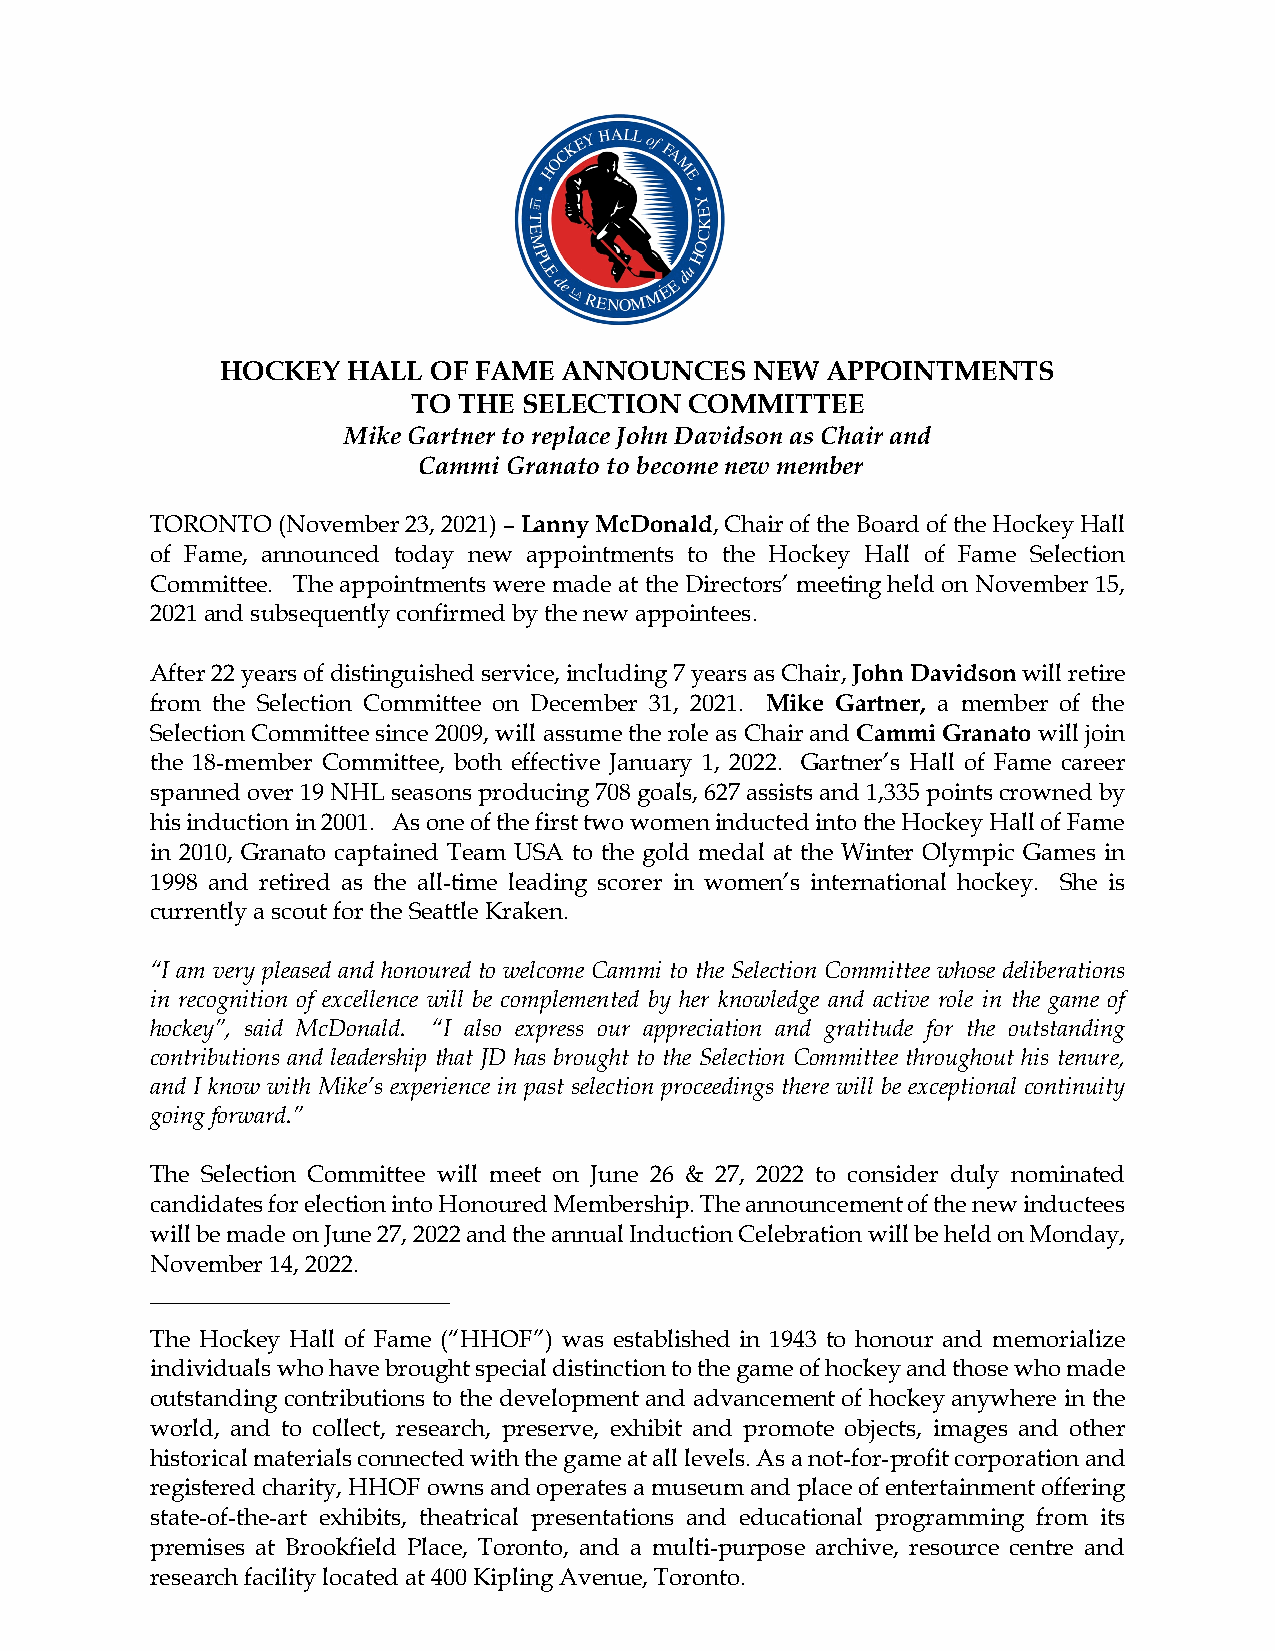
HOCKEY  HALL  OF FAME ANNOUNCES    NEW  APPOINTMENTS
 TO THE  SELECTION  COMMITTEE
 Mike Gartner to replace John Davidson as Chair and
 Cammi Granato to become new member
 TORONTO (November 23, 2021) – Lanny McDonald, Chair of the Board of the Hockey Hall
 of Fame, announced today new appointments to the Hockey Hall of Fame Selection
 Committee. The appointments were made at the Directors’ meeting held on November 15,
 2021 and subsequently confirmed by the new appointees.
 After 22 years of distinguished service, including 7 years as Chair, John Davidson will retire
 from the Selection Committee on December 31, 2021. Mike Gartner, a member of the
 Selection Committee since 2009, will assume the role as Chair and Cammi Granato will join
 the 18-member Committee, both effective January 1, 2022. Gartner’s Hall of Fame career
 spanned over 19 NHL seasons producing 708 goals, 627 assists and 1,335 points crowned by
 his induction in 2001. As one of the first two women inducted into the Hockey Hall of Fame
 in 2010, Granato captained Team USA to the gold medal at the Winter Olympic Games in
 1998 and retired as the all-time leading scorer in women’s international hockey. She is
 currently a scout for the Seattle Kraken.
 “I am very pleased and honoured to welcome Cammi to the Selection Committee whose deliberations
 in recognition of excellence will be complemented by her knowledge and active role in the game of
 hockey”, said McDonald. “I also express our appreciation and gratitude for the outstanding
 contributions and leadership that JD has brought to the Selection Committee throughout his tenure,
 and I know with Mike’s experience in past selection proceedings there will be exceptional continuity
 going forward.”
 The Selection Committee will meet on June 26 & 27, 2022 to consider duly nominated
 candidates for election into Honoured Membership. The announcement of the new inductees
 will be made on June 27, 2022 and the annual Induction Celebration will be held on Monday,
 November 14, 2022.
 _________________________
 The Hockey Hall of Fame (“HHOF”) was established in 1943 to honour and memorialize
 individuals who have brought special distinction to the game of hockey and those who made
 outstanding contributions to the development and advancement of hockey anywhere in the
 world, and to collect, research, preserve, exhibit and promote objects, images and other
 historical materials connected with the game at all levels. As a not-for-profit corporation and
 registered charity, HHOF owns and operates a museum and place of entertainment offering
 state-of-the-art exhibits, theatrical presentations and educational programming from its
 premises at Brookfield Place, Toronto, and a multi-purpose archive, resource centre and
 research facility located at 400 Kipling Avenue, Toronto.